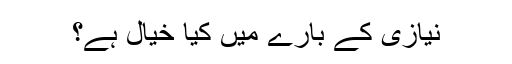
نیازی کے بارے میں کیا خیال ہے؟